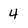
Character: 4